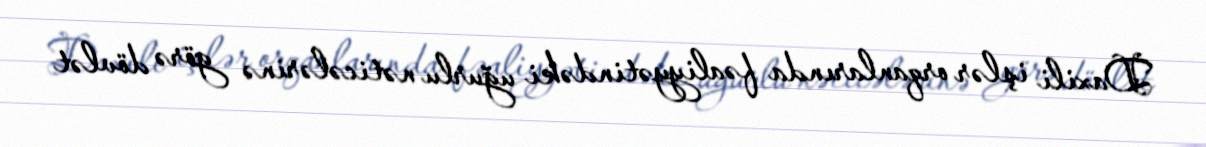
Daxili işlər orqanlarında fəaliyyətindəki uğurlu nəticələrinə görə dövlət